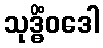
သုဒ္ဓိံဝဒေါ